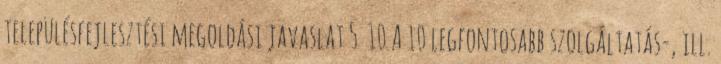
településfejlesztési megoldási javaslat 5 10 A 10 legfontosabb szolgáltatás-, ill.